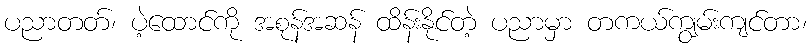
ပညာတတ်၊ ပဲ့ထောင်ကို အစုန်အဆန် ထိန်းနိုင်တဲ့ ပညာမှာ တကယ်ကျွမ်းကျင်တာ၊